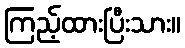
ကြည့်ထားပြီးသား။